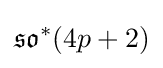
{\mathfrak {so}}^{*}(4p+2)